Annual report on the Civil Veterinary Department, Burma (including the Insein Veterinary School) - 1932-1941
Year: 1932
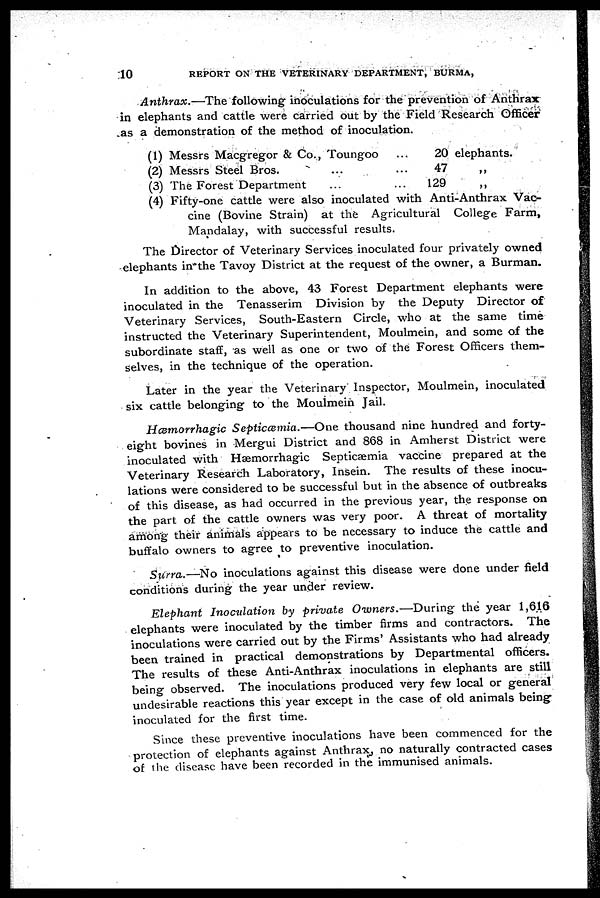
10
REPORT ON THE VETERINARY DEPARTMENT, BURMA,
Anthrax.—The
following inoculations for the prevention of Anthrax
in elephants and cattle were carried out by the Field Research Officer
as a demonstration of the method of inoculation.
(1) Messrs Macgregor & Co., Toungoo
(2) Messrs Steel Bros.
(3) The Forest Department
...
...
...
...
...
20 elephants.
47
129
(4) Fifty-one cattle were also inoculated with Anti-Anthrax Vac-
cine (Bovine Strain) at the Agricultural College Farm,
Mandalay, with successful results.
The Director of Veterinary Services inoculated four privately owned
elephants in the Tavoy District at the request of the owner, a Burman.
In addition to the above, 43 Forest Department elephants were
inoculated in the Tenasserim Division by the Deputy Director of
Veterinary Services, South-Eastern Circle, who at the same time
instructed the Veterinary Superintendent, Moulmein, and some of the
subordinate staff, as well as one or two of the Forest Officers them-
selves, in the technique of the operation.
Later in the year the Veterinary Inspector, Moulmein, inoculated
six cattle belonging to the Moulmein Jail.
Hæmorrhagic
Septicæmia.—One
thousand nine hundred and forty-
eight bovines in Mergui District and 868 in Amherst District were
inoculated with Hæmorrhagic Septicaæmia vaccine prepared at the
Veterinary Research Laboratory, Insein. The results of these inocu-
lations were considered to be successful but in the absence of outbreaks
of this disease, as had occurred in the previous year, the response on
the part of the cattle owners was very poor. A threat of mortality
among their animals appears to be necessary to induce the cattle and
buffalo owners to agree to preventive inoculation.
Surra.—No
inoculations against this disease were done under field
conditions during the year under review.
Elephant Inoculation
by private Owners.—During
the year 1,616
elephants were inoculated by the timber firms and contractors. The
inoculations were carried out by the Firms' Assistants who had already
been trained in practical demonstrations by Departmental officers.
The results of these Anti-Anthrax inoculations in elephants are still
being observed. The inoculations produced very few local or general
undesirable reactions this year except in the case of old animals being
inoculated for the first time.
Since these preventive inoculations have been commenced for the
protection of elephants against Anthrax, no naturally contracted cases
of the disease have been recorded in the immunised animals.